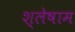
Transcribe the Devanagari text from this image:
श्लेषाम